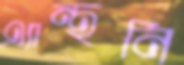
এ্যান্থনি